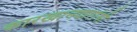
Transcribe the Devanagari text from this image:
कारखानदारांनी